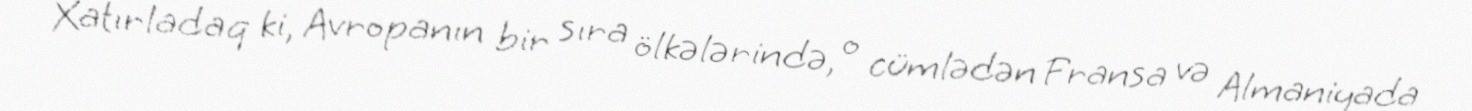
Xatırladaq ki, Avropanın bir sıra ölkələrində, o cümlədən Fransa və Almaniyada